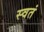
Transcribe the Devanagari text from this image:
स्वतं